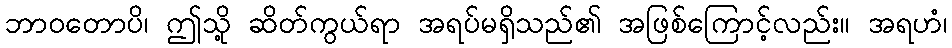
ဘာဝတောပိ၊ ဤသို့ ဆိတ်ကွယ်ရာ အရပ်မရှိသည်၏ အဖြစ်ကြောင့်လည်း။ အရဟံ၊